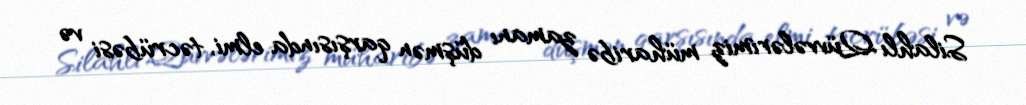
Silahlı Qüvvələrimiz müharibə zamanı düşmən qarşısında elmi, təcrübəsi və